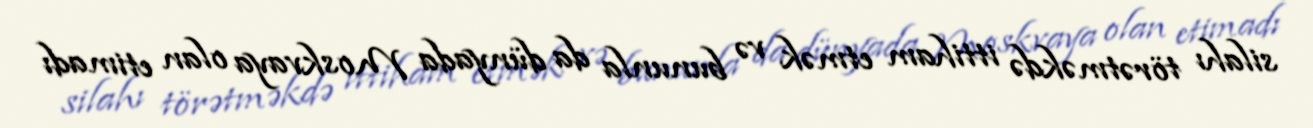
silahı törətməkdə ittiham etmək və bununla da dünyada Moskvaya olan etimadı